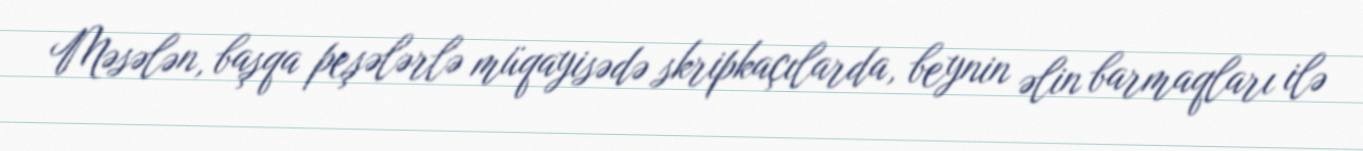
Məsələn, başqa peşələrlə müqayisədə skripkaçılarda, beynin əlin barmaqları ilə